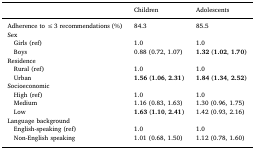
<table><thead><tr><td></td><td><b>Children</b></td><td><b>Adolescents</b></td></tr></thead><tbody><tr><td>Adherence to ≤ 3 recommendations (%)</td><td>84.3</td><td>85.5</td></tr><tr><td colspan="3">Sex</td></tr><tr><td> Girls (ref)</td><td>1.0</td><td>1.0</td></tr><tr><td> Boys</td><td>0.88 (0.72, 1.07)</td><td><b>1.32</b> (<b>1.02</b>, <b>1.70</b>)</td></tr><tr><td colspan="3">Residence</td></tr><tr><td> Rural (ref)</td><td>1.0</td><td>1.0</td></tr><tr><td> Urban</td><td><b>1.56</b> (<b>1.06</b>, <b>2.31</b>)</td><td><b>1.84</b> (<b>1.34</b>, <b>2.52</b>)</td></tr><tr><td colspan="3">Socioeconomic</td></tr><tr><td> High (ref)</td><td>1.0</td><td>1.0</td></tr><tr><td> Medium</td><td>1.16 (0.83, 1.63)</td><td>1.30 (0.96, 1.75)</td></tr><tr><td> Low</td><td><b>1.63</b> (<b>1.10</b>, <b>2.41</b>)</td><td>1.42 (0.93, 2.16)</td></tr><tr><td colspan="3">Language background</td></tr><tr><td> English-speaking (ref)</td><td>1.0</td><td>1.0</td></tr><tr><td> Non-English speaking</td><td>1.01 (0.68, 1.50)</td><td>1.12 (0.78, 1.60)</td></tr></tbody></table>